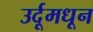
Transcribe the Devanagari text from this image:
उर्दूमधून